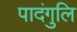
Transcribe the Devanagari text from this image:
पादंगुलि